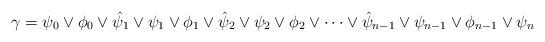
LaTeX: \begin{align*}\gamma =\psi _{0}\vee \phi _{0}\vee \hat{\psi}_{1}\vee \psi _{1}\vee \phi_{1}\vee \hat{\psi}_{2}\vee \psi _{2}\vee \phi _{2}\vee \dots \vee \hat{\psi}_{n-1}\vee \psi _{n-1}\vee \phi _{n-1}\vee \psi _{n} \end{align*}